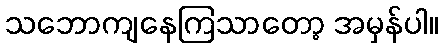
သဘောကျနေကြသာတော့ အမှန်ပါ။